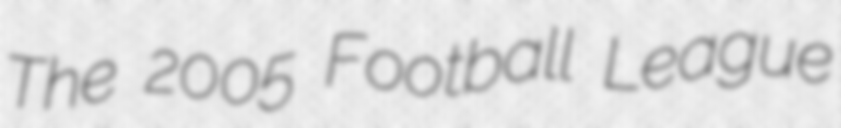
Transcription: The 2005 Football League